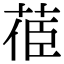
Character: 𦯱